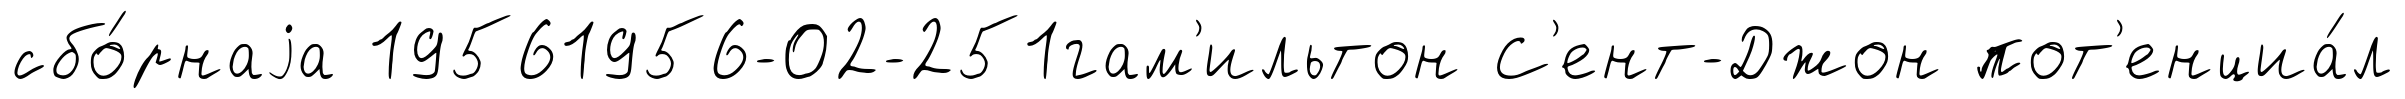
сбо́рнаjа 19561956-02-251гам'ильтон С'ент-Джон пот'енциа́л